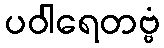
ပဝါရေတဗ္ဗံ